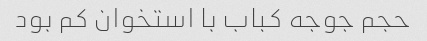
حجم جوجه کباب با استخوان کم بود